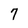
Character: 7